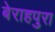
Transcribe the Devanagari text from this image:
बेराहपुरा